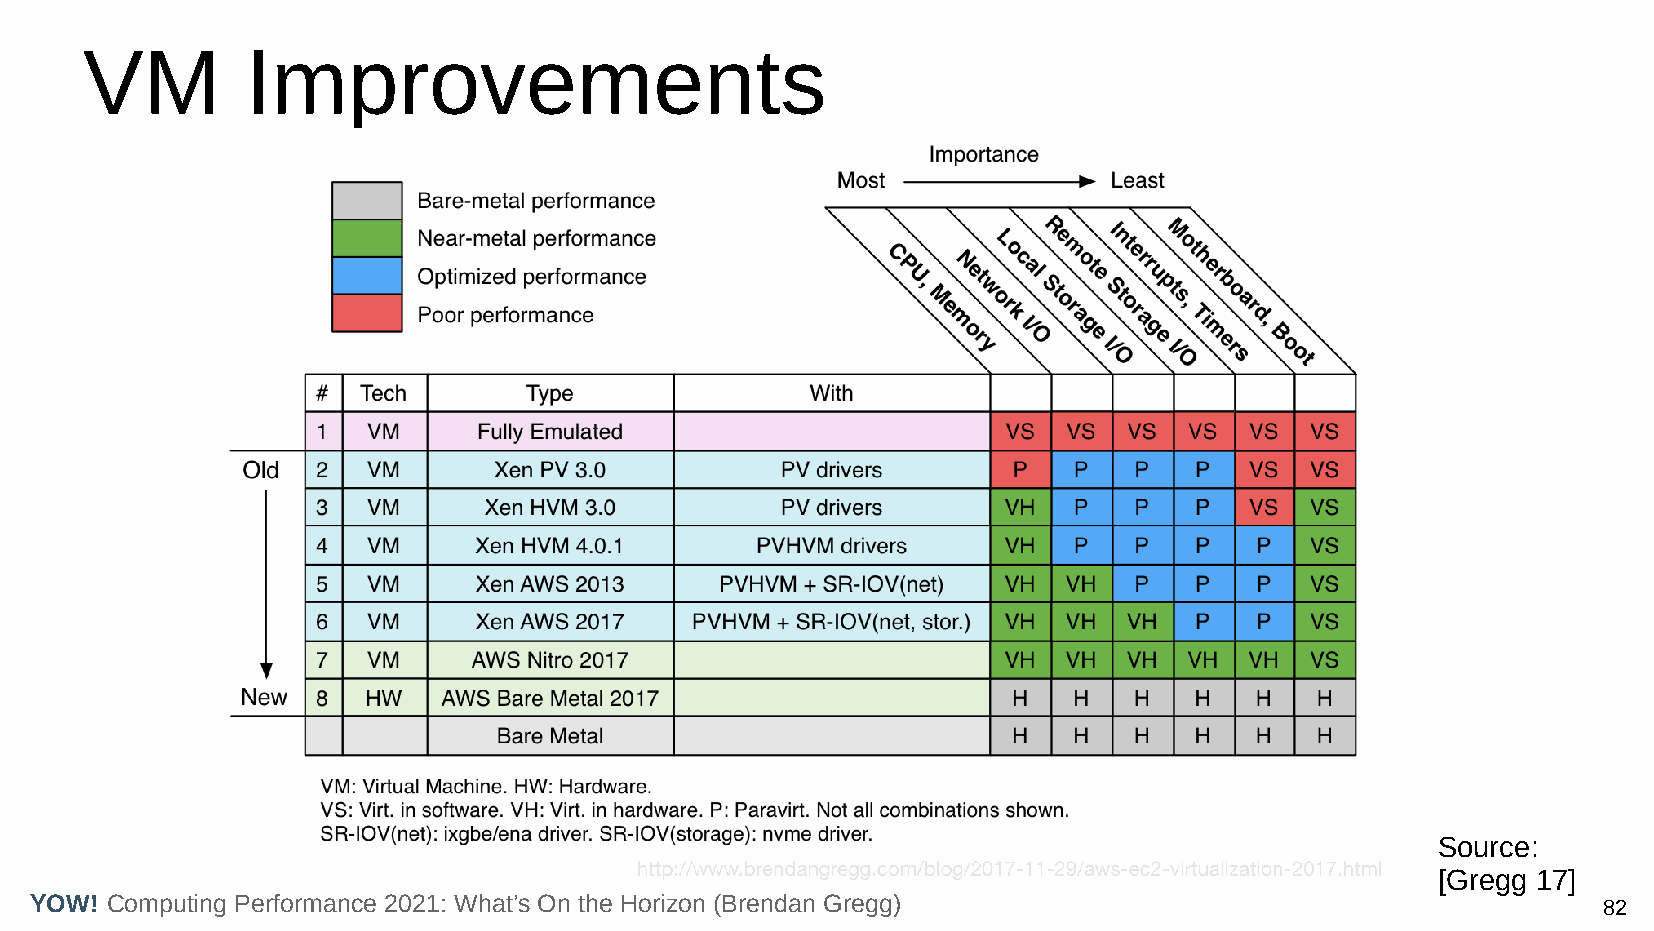
VM         Improvements
 Source:
 [Gregg 17]
 YOW! Computing Performance 2021: What’s On the Horizon (Brendan Gregg)                                  82